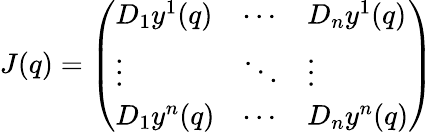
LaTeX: J(q)={\left(\begin{array}{lll}{D_{1}y^{1}(q)}&{\cdots}&{D_{n}y^{1}(q)}\\ {\vdots}&{\ddots}&{\vdots}\\ {D_{1}y^{n}(q)}&{\cdots}&{D_{n}y^{n}(q)}\end{array}\right)}